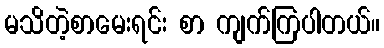
မသိတဲ့စာမေးရင်း စာ ကျက်ကြပါတယ်။